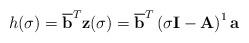
LaTeX: \begin{align*}h(\sigma) = \overline{{\bf b} } ^T {\bf z}(\sigma) = \overline{{\bf b} }^T \left( \sigma {\bf I} - {\bf A} \right)^{1} {\bf a} \end{align*}